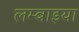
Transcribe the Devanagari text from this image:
लम्बाइया